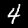
Label: 4